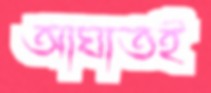
আঘাতই